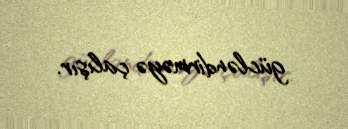
gücləndirməyə çalışır.